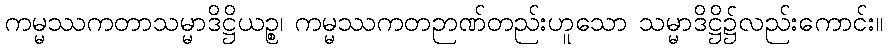
ကမ္မဿကတာသမ္မာဒိဋ္ဌိယဉ္စ၊ ကမ္မဿကတဉာဏ်တည်းဟူသော သမ္မာဒိဋ္ဌိ၌လည်းကောင်း။